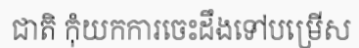
ជាតិ កុំយកការចេះដឹងទៅបម្រើស